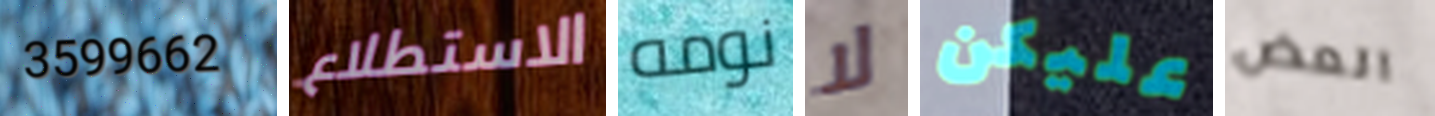
3599662 الاستطلاع نومه لا عليكن العض